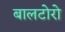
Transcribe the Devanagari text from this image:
बालटोरो